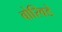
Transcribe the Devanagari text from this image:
बोरिवडे